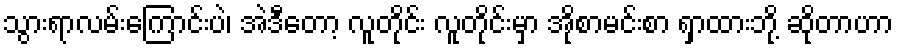
သွားရာလမ်းကြောင်းပဲ၊ အဲဒီတော့ လူတိုင်း လူတိုင်းမှာ အိုစာမင်းစာ ရှာထားဘို့ ဆိုတာဟာ